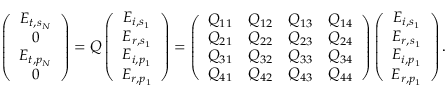
\left( \begin{array} { c } { E _ { t , s _ { N } } } \\ { 0 } \\ { E _ { t , p _ { N } } } \\ { 0 } \end{array} \right) = Q \left( \begin{array} { c } { E _ { i , s _ { 1 } } } \\ { E _ { r , s _ { 1 } } } \\ { E _ { i , p _ { 1 } } } \\ { E _ { r , p _ { 1 } } } \end{array} \right) = \left( \begin{array} { c c c c } { Q _ { 1 1 } } & { Q _ { 1 2 } } & { Q _ { 1 3 } } & { Q _ { 1 4 } } \\ { Q _ { 2 1 } } & { Q _ { 2 2 } } & { Q _ { 2 3 } } & { Q _ { 2 4 } } \\ { Q _ { 3 1 } } & { Q _ { 3 2 } } & { Q _ { 3 3 } } & { Q _ { 3 4 } } \\ { Q _ { 4 1 } } & { Q _ { 4 2 } } & { Q _ { 4 3 } } & { Q _ { 4 4 } } \end{array} \right) \left( \begin{array} { c } { E _ { i , s _ { 1 } } } \\ { E _ { r , s _ { 1 } } } \\ { E _ { i , p _ { 1 } } } \\ { E _ { r , p _ { 1 } } } \end{array} \right) .